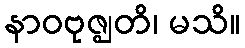
နာဝဗုဇ္ဈတိ၊ မသိ။